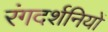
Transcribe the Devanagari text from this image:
रंगदर्शनियों